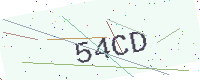
Text: 54CD